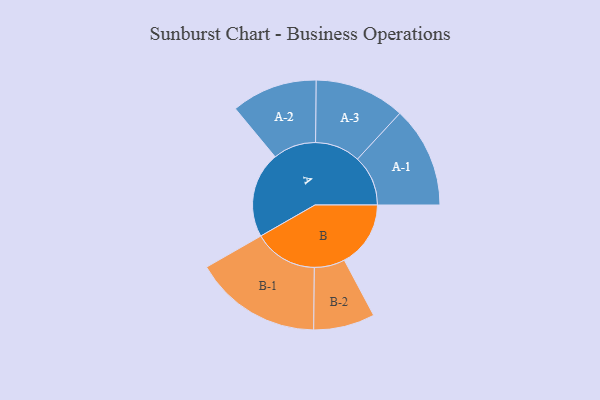
{"axis": {"x": "Segment", "y": "Value"}, "legend": ["", "A", "B"], "data": [{"x": "A", "y": 370, "type": ""}, {"x": "B", "y": 286, "type": ""}, {"x": "A-1", "y": 218, "type": "A"}, {"x": "A-2", "y": 185, "type": "A"}, {"x": "A-3", "y": 195, "type": "A"}, {"x": "B-1", "y": 275, "type": "B"}, {"x": "B-2", "y": 132, "type": "B"}]}